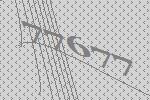
77677